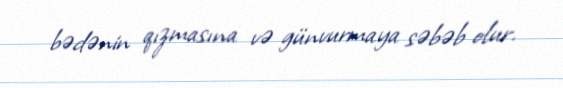
bədənin qızmasına və günvurmaya səbəb olur.